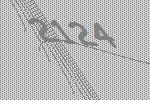
2124